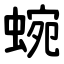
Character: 蜿